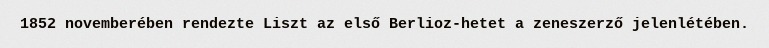
1852 novemberében rendezte Liszt az első Berlioz-hetet a zeneszerző jelenlétében.